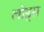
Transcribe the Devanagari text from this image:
लोड्स